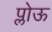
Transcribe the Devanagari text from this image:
प्लोऊ